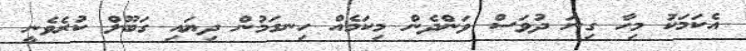
އެކަމަކު މިހާ ގިނަ ދުވަސް ވަންދެން މިކަމެއް ހިނގަމުން ދިޔައި ގަބޫލް ކުރެވެނީ